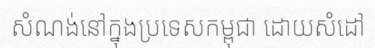
សំណង់នៅក្នុងប្រទេសកម្ពុជា ដោយសំដៅ